画像に写った文字を読んでください
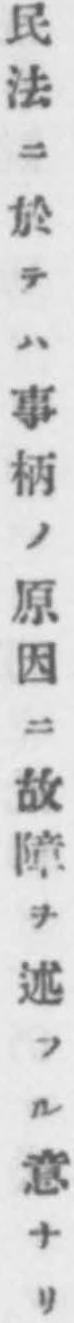
「民法ニ於テハ事柄ノ原因ニ故障ヲ述フル意ナリ」と書いてあります